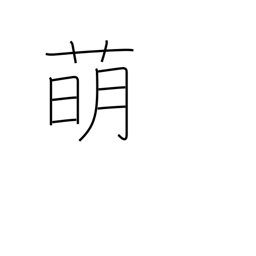
Meaning: malt